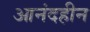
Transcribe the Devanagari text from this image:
आनंदहीन